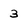
Character: 3